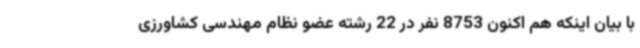
با بیان اینکه هم اکنون 8753 نفر در 22 رشته عضو نظام مهندسی کشاورزی